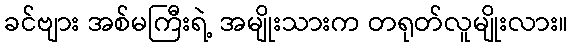
ခင်ဗျား အစ်မကြီးရဲ့ အမျိုးသားက တရုတ်လူမျိုးလား။